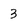
Character: 3